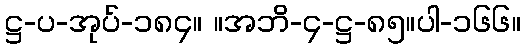
ဋ္ဌ-ပ-အုပ်-၁၈၄။ ။အဘိ-၄-ဋ္ဌ-၈၅။ပါ-၁၆၆။